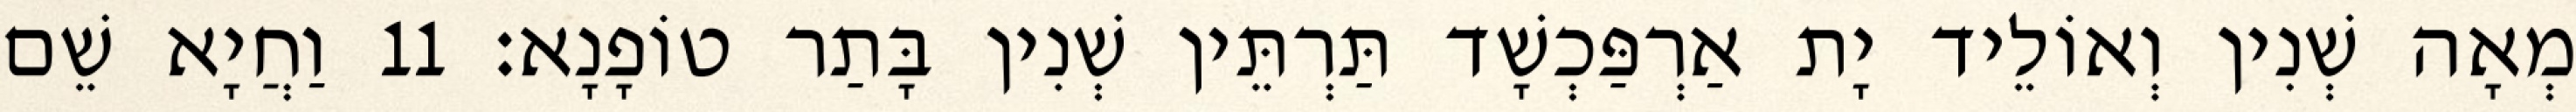
מְאָה שְׁנִין וְאוֹלֵיד יָת אַרְפַּכְשָׁד תַּרְתֵּין שְׁנִין בָּתַר טוֹפָנָא׃ 11 וַחֲיָא שֵׁם